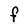
Character: F